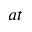
a t